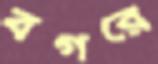
বগরে